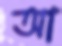
আ